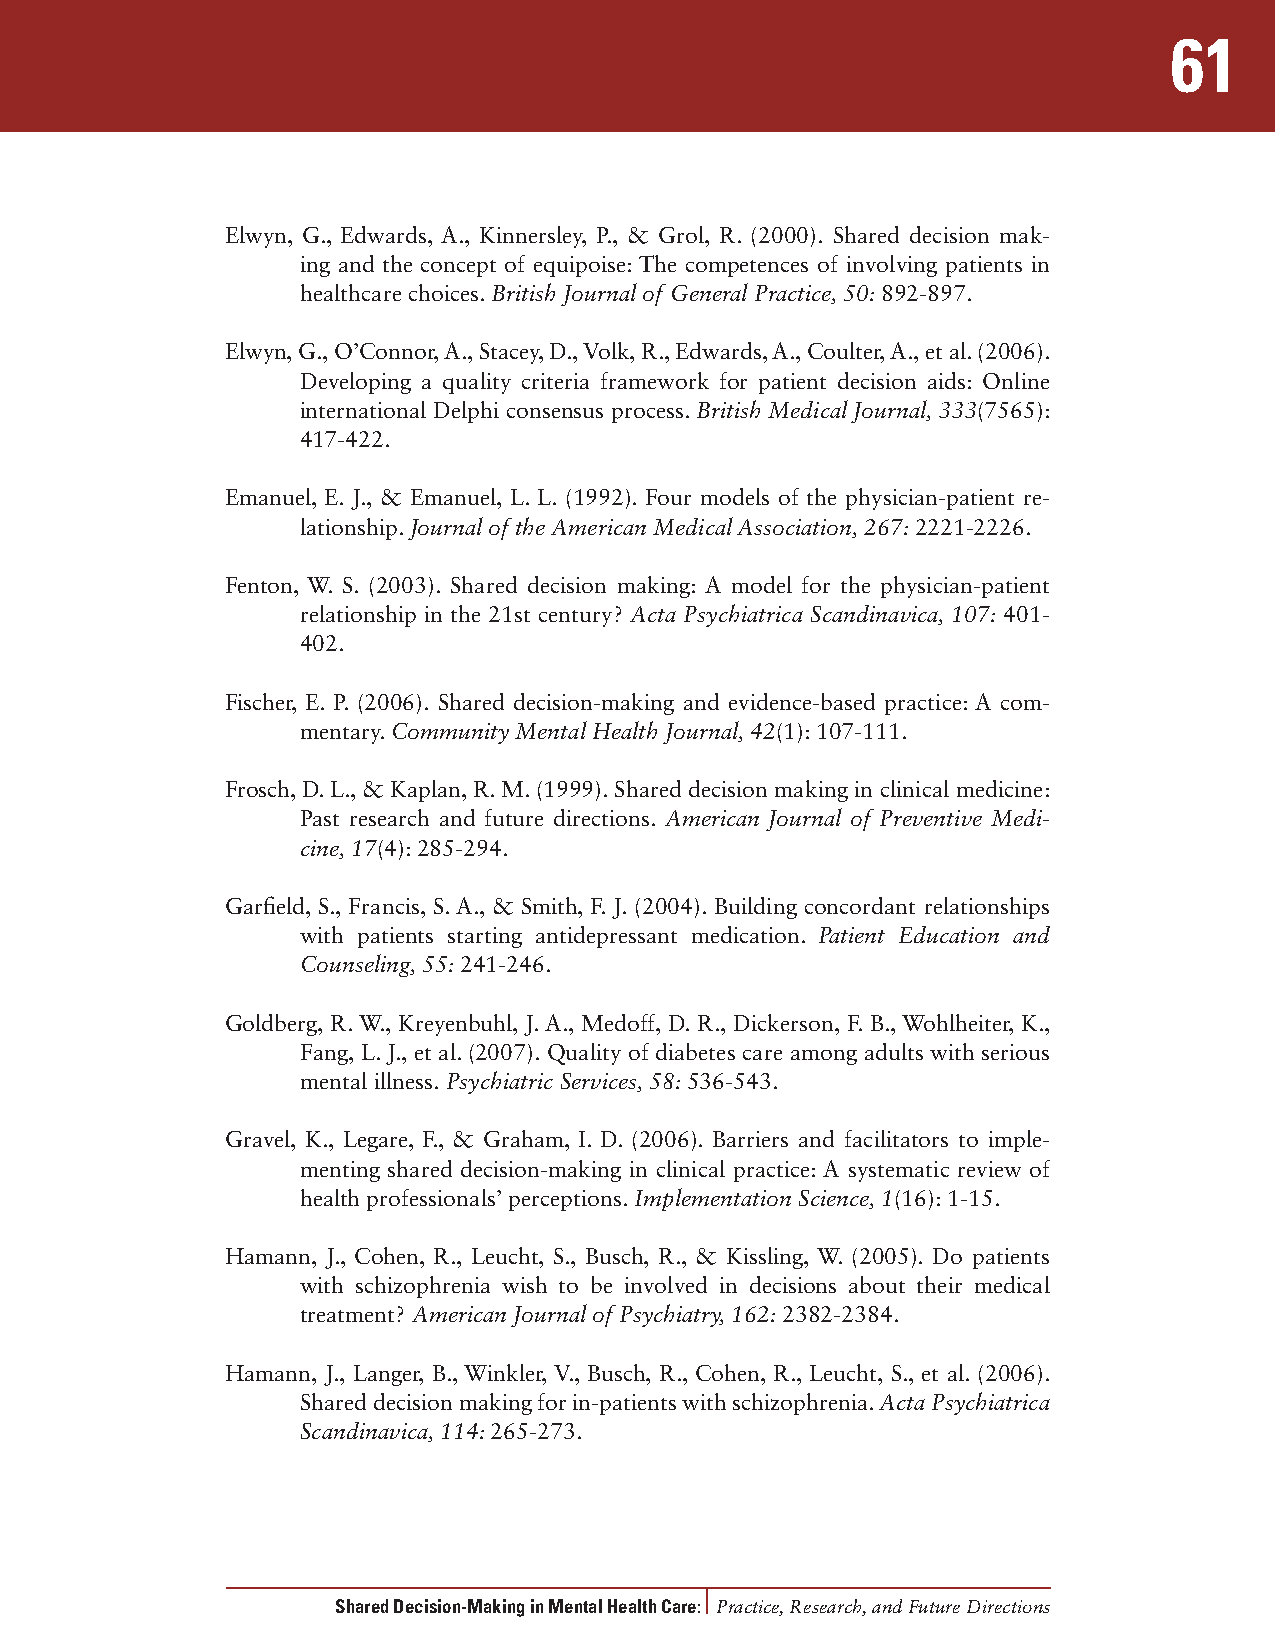
61
 Elwyn, G., Edwards, A., Kinnersley, P., & Grol, R. (2000). Shared decision mak-
 ing and the concept of equipoise: The competences of involving patients in
 healthcare choices. British Journal of General Practice, 50: 892-897.
 Elwyn, G., O’Connor, A., Stacey, D., Volk, R., Edwards, A., Coulter, A., et al. (2006).
 Developing a quality criteria framework for patient decision aids: Online
 international Delphi consensus process. British Medical Journal, 333(7565):
 417-422.
 Emanuel, E. J., & Emanuel, L. L. (1992). Four models of the physician-patient re-
 lationship. Journal of the American Medical Association, 267: 2221-2226.
 Fenton, W. S. (2003). Shared decision making: A model for the physician-patient
 relationship in the 21st century? Acta Psychiatrica Scandinavica, 107: 401-
 402.
 Fischer, E. P. (2006). Shared decision-making and evidence-based practice: A com-
 mentary. Community Mental Health Journal, 42(1): 107-111.
 Frosch, D. L., & Kaplan, R. M. (1999). Shared decision making in clinical medicine:
 Past research and future directions. American Journal of Preventive Medi-
 cine, 17(4): 285-294.
 Garfield, S., Francis, S. A., & Smith, F. J. (2004). Building concordant relationships
 with patients starting antidepressant medication. Patient Education and
 Counseling, 55: 241-246.
 Goldberg, R. W., Kreyenbuhl, J. A., Medoff, D. R., Dickerson, F. B., Wohlheiter, K.,
 Fang, L. J., et al. (2007). Quality of diabetes care among adults with serious
 mental illness. Psychiatric Services, 58: 536-543.
 Gravel, K., Legare, F., & Graham, I. D. (2006). Barriers and facilitators to imple-
 menting shared decision-making in clinical practice: A systematic review of
 health professionals’ perceptions. Implementation Science, 1(16): 1-15.
 Hamann, J., Cohen, R., Leucht, S., Busch, R., & Kissling, W. (2005). Do patients
 with schizophrenia wish to be involved in decisions about their medical
 treatment? American Journal of Psychiatry, 162: 2382-2384.
 Hamann, J., Langer, B., Winkler, V., Busch, R., Cohen, R., Leucht, S., et al. (2006).
 Shared decision making for in-patients with schizophrenia. Acta Psychiatrica
 Scandinavica, 114: 265-273.
 Shared Decision-Making in Mental Health Care: Practice, Research, and Future Directions